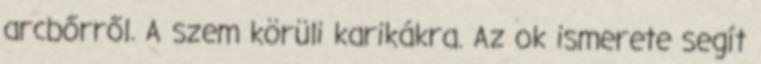
arcbőrről. A szem körüli karikákra. Az ok ismerete segít